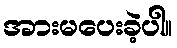
အားမပေးခဲ့ပါ။